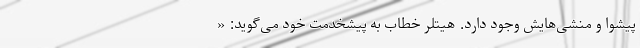
پیشوا و منشی‌هایش وجود دارد. هیتلر خطاب به پیشخدمت خود می‌گوید: «